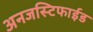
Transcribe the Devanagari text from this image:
अनजस्टिफाईड